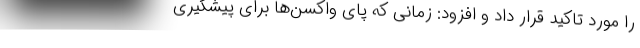
را مورد تاکید قرار داد و افزود: زمانی که پای واکسن‌ها برای پیشگیری